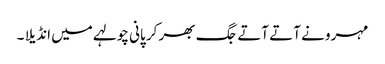
مہرو نے آتے آتے جگ بھر کر پانی چولہے میں انڈیلا ۔